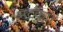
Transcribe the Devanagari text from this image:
मटका।